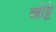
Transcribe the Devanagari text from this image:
खोट्टे